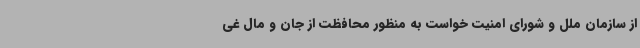
از سازمان ملل و شورای امنیت خواست به منظور محافظت از جان و مال غی